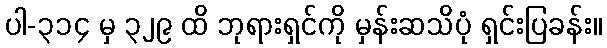
ပါ-၃၁၄ မှ ၃၂၉ ထိ ဘုရားရှင်ကို မှန်းဆသိပုံ ရှင်းပြခန်း။